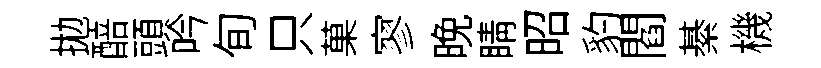
拋醅頭吟旬只菓寥晩睛昭豹閻綦機